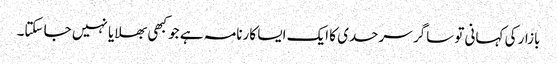
بازار کی کہانی تو ساگر سرحدی کا ایک ایسا کارنامہ ہے جو کبھی بھلایا نہیں جا سکتا۔